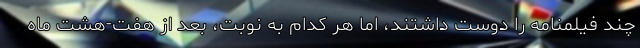
چند فیلمنامه را دوست داشتند، اما هر کدام به نوبت، بعد از هفت-هشت ماه